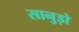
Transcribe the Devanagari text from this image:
सानुड़ो